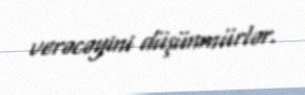
verəcəyini düşünmürlər.